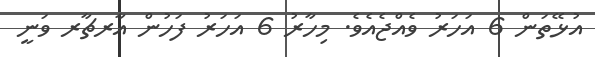
އުޅޭތަން 6 އަހަރު ވެއްޖެއެވެ. މިހާރު 6 އަހަރު ފަހުން އާރޗާރ ވަނީ